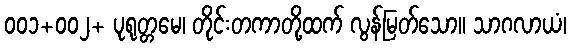
၀၀၁+၀၀၂+ ပုရုတ္တမေ၊ တိုင်းတကာတို့ထက် လွန်မြတ်သော။ သာဂလာယံ၊